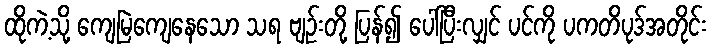
ထိုကဲ့သို့ ကျေမြဲကျေနေသော သရ ဗျဉ်းတို့ ပြန်၍ ပေါ်ပြီးလျှင် ပင်ကို ပကတိပုဒ်အတိုင်း